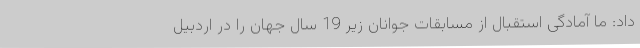
داد: ما آمادگی استقبال از مسابقات جوانان زیر 19 سال جهان را در اردبیل